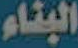
البناء